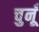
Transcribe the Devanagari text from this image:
चुनूँ